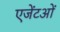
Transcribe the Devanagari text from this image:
एजेंटओं